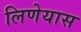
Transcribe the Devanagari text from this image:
लिणेयास